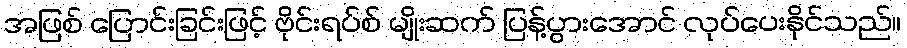
အဖြစ် ပြောင်းခြင်းဖြင့် ဗိုင်းရပ်စ် မျိုးဆက် ပြန့်ပွားအောင် လုပ်ပေးနိုင်သည်။